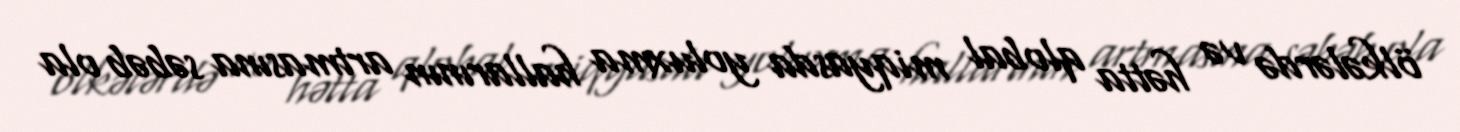
ölkələrdə və hətta qlobal miqyasda yoluxma hallarının artmasına səbəb ola